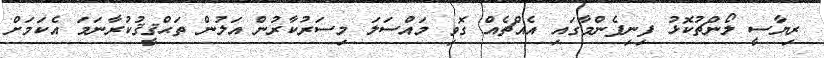
ރިޔާސީ ލޯންޗުކޮޅު ފިނިފެންމާގައި އެއްޗެއް ގޮވި މައްސަލަ މިސަރުކާރުން އަލުން ތަޙްޤީޤުކުރާނަމަ އެކަމަށް